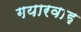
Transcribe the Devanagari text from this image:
गयारवाह